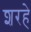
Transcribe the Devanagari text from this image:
शरहे